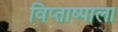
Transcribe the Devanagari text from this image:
विप्ताष्पाला